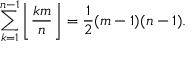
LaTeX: \sum _ { k = 1 } ^ { n - 1 } \left\lfloor { \frac { k m } { n } } \right\rfloor = { \frac { 1 } { 2 } } ( m - 1 ) ( n - 1 ) .